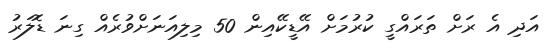
އަދި އެ ރަށް ތަރައްގީ ކުރުމަށް އޭޑީކޭއިން 50 މިލިއަނަށްވުރެއް ގިނަ ޑޮލަރު